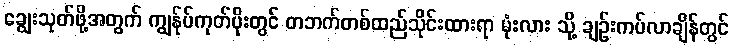
ချွေးသုတ်ဖို့အတွက် ကျွန်ုပ်ကုတ်ပိုးတွင် တဘက်တစ်ထည်သိုင်းထားရာ မုံးလား သို့ ချဉ်းကပ်လာချိန်တွင်